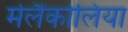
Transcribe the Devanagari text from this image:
मेलैंकोलिया